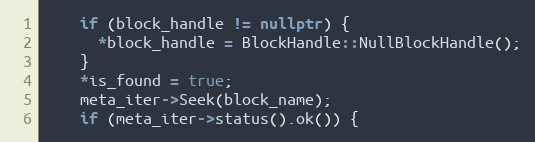
Language: C++
    if (block_handle != nullptr) {
      *block_handle = BlockHandle::NullBlockHandle();
    }
    *is_found = true;
    meta_iter->Seek(block_name);
    if (meta_iter->status().ok()) {